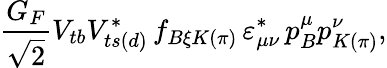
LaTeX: {\frac{G_{F}}{\sqrt{2}}}V_{tb}V_{ts(d)}^{*}\, f_{B\xi K(\pi)}\, \varepsilon_{\mu\nu}^{*}\, p_{B}^{\mu}p_{K(\pi)}^{\nu},